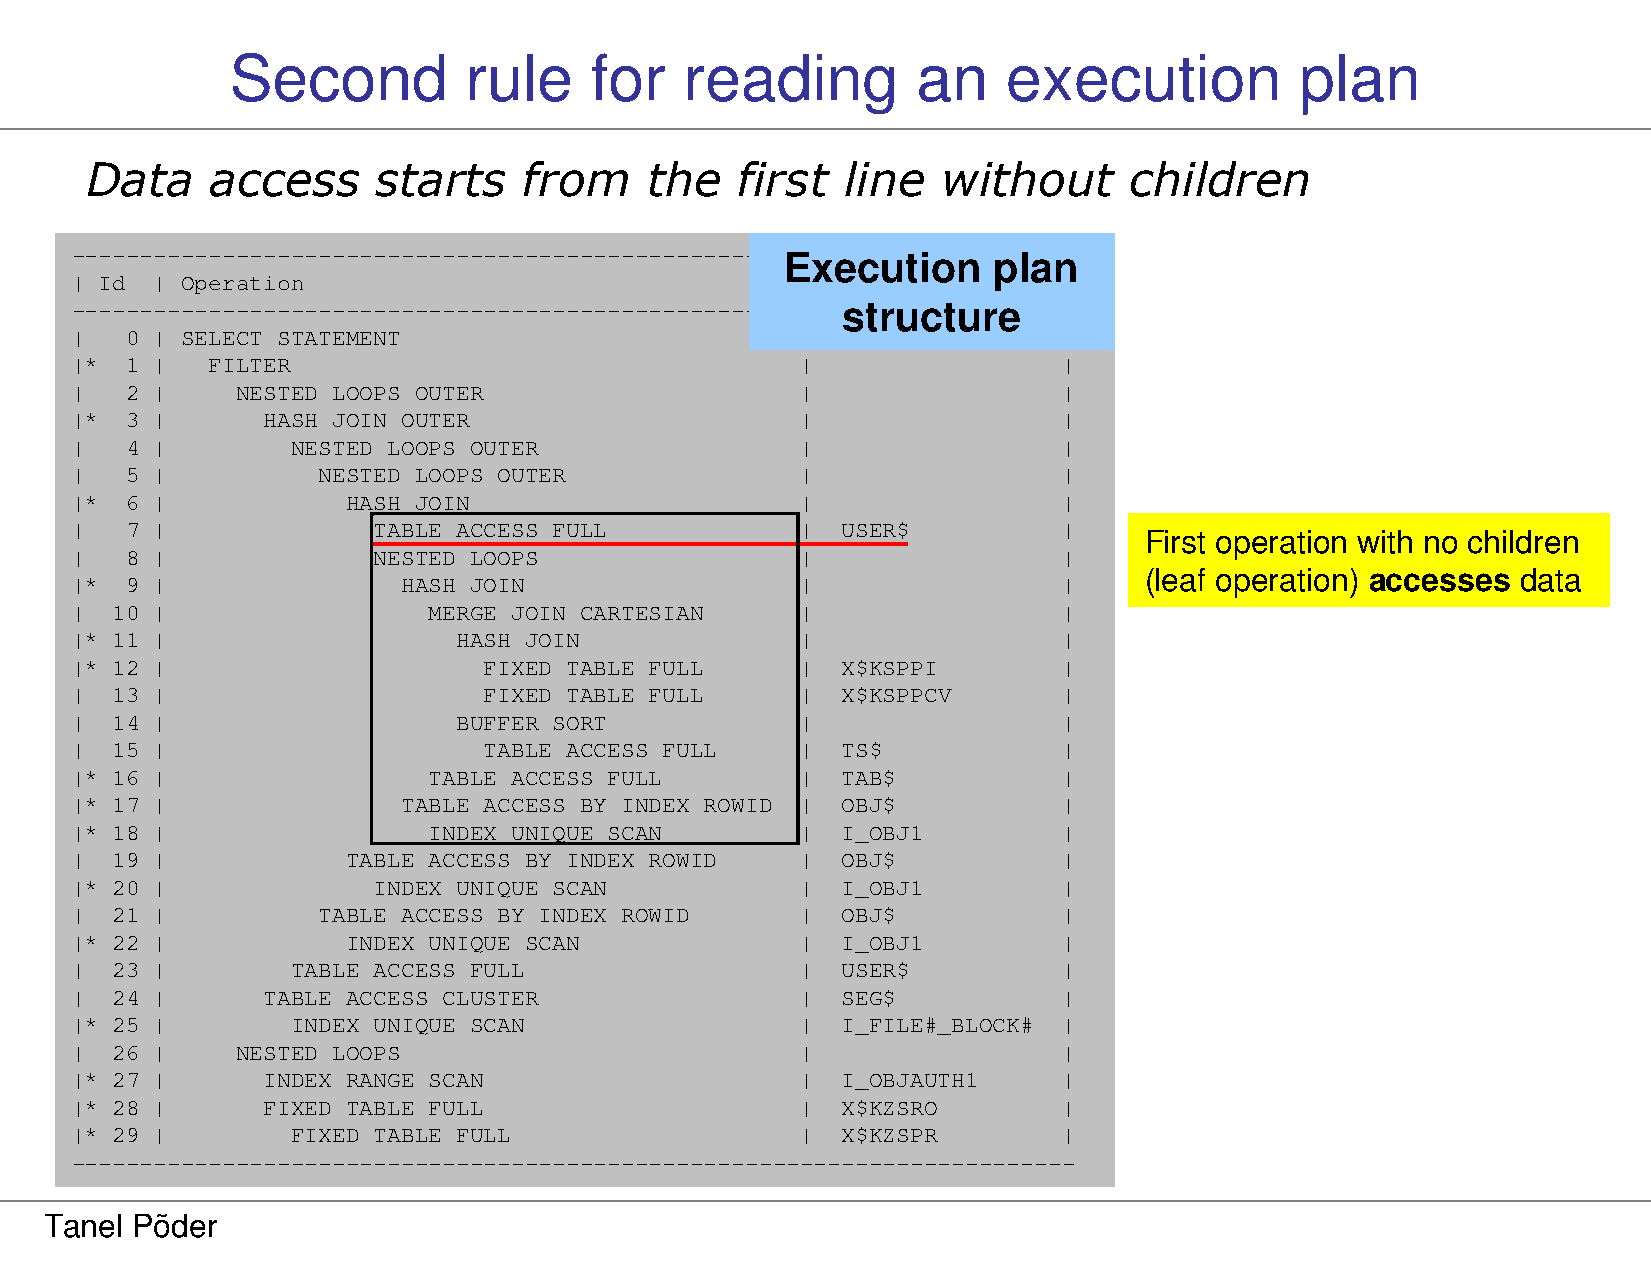
Second          rule    for   reading         an    execution          plan
 Data    access     starts    from    the   first  line  without      children
 -------------------------------------------------------------------------
 Execution     plan
 | Id | Operation                                | Name           |
 --------------------------------------------------------s--t-r-u--c--t-u--r-e-----
 |  0 | SELECT STATEMENT                         |                |
 |* 1 |   FILTER                                 |                |
 |  2 |     NESTED LOOPS OUTER                   |                |
 |* 3 |      HASH JOIN OUTER                     |                |
 |  4 |        NESTED LOOPS OUTER                |                |
 |  5 |          NESTED LOOPS OUTER              |                |
 |* 6 |            HASH JOIN                     |                |
 |  7 |              TABLE ACCESS FULL           |  USER$         |
 First operation with no children
 |  8 |              NESTED LOOPS                |                |
 (leaf operation) accesses data
 |* 9 |                HASH JOIN                 |                |
 | 10 |                 MERGE JOIN CARTESIAN     |                |
 |* 11 |                  HASH JOIN              |                |
 |* 12 |                    FIXED TABLE FULL     |  X$KSPPI       |
 | 13 |                     FIXED TABLE FULL     |  X$KSPPCV      |
 | 14 |                   BUFFER SORT            |                |
 | 15 |                     TABLE ACCESS FULL    |  TS$           |
 |* 16 |                TABLE ACCESS FULL        |  TAB$          |
 |* 17 |               TABLE ACCESS BY INDEX ROWID | OBJ$         |
 |* 18 |                INDEX UNIQUE SCAN        |  I_OBJ1        |
 | 19 |            TABLE ACCESS BY INDEX ROWID   |  OBJ$          |
 |* 20 |             INDEX UNIQUE SCAN           |  I_OBJ1        |
 | 21 |          TABLE ACCESS BY INDEX ROWID     |  OBJ$          |
 |* 22 |           INDEX UNIQUE SCAN             |  I_OBJ1        |
 | 23 |        TABLE ACCESS FULL                 |  USER$         |
 | 24 |      TABLE ACCESS CLUSTER                |  SEG$          |
 |* 25 |       INDEX UNIQUE SCAN                 |  I_FILE#_BLOCK# |
 | 26 |     NESTED LOOPS                         |                |
 |* 27 |     INDEX RANGE SCAN                    |  I_OBJAUTH1    |
 |* 28 |     FIXED TABLE FULL                    |  X$KZSRO       |
 |* 29 |       FIXED TABLE FULL                  |  X$KZSPR       |
 -------------------------------------------------------------------------
 Tanel Põder